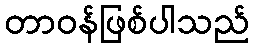
တာဝန်ဖြစ်ပါသည်